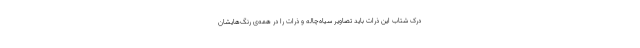
درک شتاب این ذرات باید تصاویر سیاه‌چاله و ذرات را در همه‌ی رنگ‌هایشان